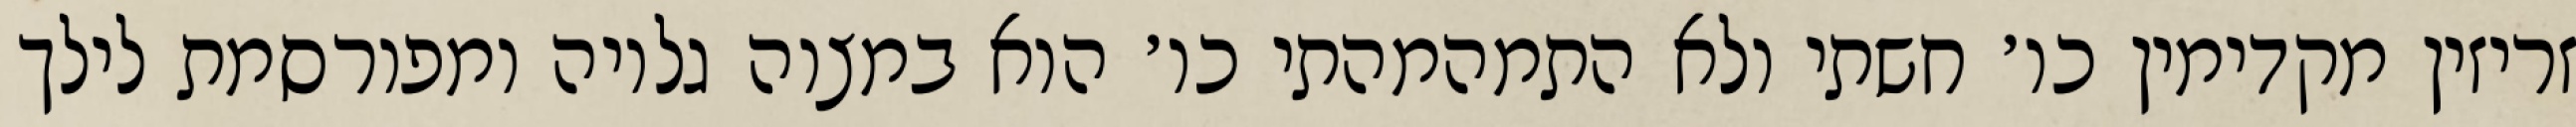
זריזין מקדימין כו׳ חשתי ולא התמהמהתי כו׳ הוא במצוה גלויה ומפורסמת לילך